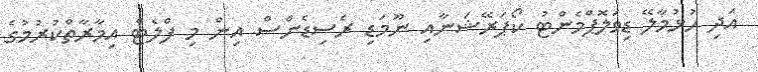
އަދި ހުޅުމާލޭ ޑިވަލޮޕްމެންޓު ކޯޕަރޭޝަނާއި ނޫމަޑި ރެސިޑެންސް އިން މި ފްލެޓް އިމާރާތްކުރުމުގެ